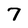
Character: 7